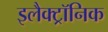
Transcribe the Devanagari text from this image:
इलैक्‍ट्रॉनिक